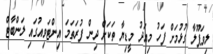
ލިވަޕޫލާ ގުޅުމަށް ފަހު މިއަދު މީޑިޔާ ތަކަށް ދިން ފުރަތަމަ އިންޓަވިއުގައި ލަންބާޓް